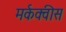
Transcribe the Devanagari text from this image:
मर्कक्वीस